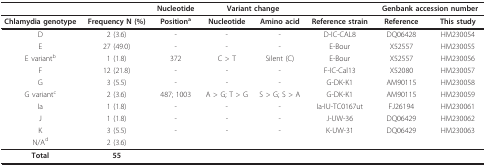
<table><thead><tr><td></td><td></td><td><b>Nucleotide</b></td><td colspan="2"><b>Variant change</b></td><td></td><td colspan="2"><b>Genbank accession number</b></td></tr></thead><tbody><tr><td><b>Chlamydia genotype</b></td><td><b>Frequency N (%)</b></td><td><b>Position<sup>a</sup></b></td><td><b>Nucleotide</b></td><td><b>Amino acid</b></td><td><b>Reference strain</b></td><td><b>Reference</b></td><td><b>This study</b></td></tr><tr><td>D</td><td>2 (3.6)</td><td>-</td><td>-</td><td>-</td><td>D-IC-CAL8</td><td>DQ06428</td><td>HM230054</td></tr><tr><td>E</td><td>27 (49.0)</td><td>-</td><td>-</td><td>-</td><td>E-Bour</td><td>X52557</td><td>HM230055</td></tr><tr><td>E variant<sup>b</sup></td><td>1 (1.8)</td><td>372</td><td>C &gt; T</td><td>Silent (C)</td><td>E-Bour</td><td>X52557</td><td>HM230056</td></tr><tr><td>F</td><td>12 (21.8)</td><td>-</td><td>-</td><td>-</td><td>F-IC-Cal13</td><td>X52080</td><td>HM230057</td></tr><tr><td>G</td><td>3 (5.5)</td><td>-</td><td>-</td><td>-</td><td>G-DK-K1</td><td>AM90115</td><td>HM230058</td></tr><tr><td>G variant<sup>c</sup></td><td>2 (3.6)</td><td>487; 1003</td><td>A &gt; G; T &gt; G</td><td>S &gt; G; S &gt; A</td><td>G-DK-K1</td><td>AM90115</td><td>HM230059</td></tr><tr><td>Ia</td><td>1 (1.8)</td><td>-</td><td>-</td><td>-</td><td>Ia-IU-TC0167ut</td><td>FJ26194</td><td>HM230061</td></tr><tr><td>J</td><td>1 (1.8)</td><td>-</td><td>-</td><td>-</td><td>J-UW-36</td><td>DQ06429</td><td>HM230062</td></tr><tr><td>K</td><td>3 (5.5)</td><td>-</td><td>-</td><td>-</td><td>K-UW-31</td><td>DQ06429</td><td>HM230063</td></tr><tr><td>N/A<sup>d</sup></td><td>2 (3.6)</td><td></td><td></td><td></td><td></td><td></td><td></td></tr><tr><td><b>Total</b></td><td><b>55</b></td><td></td><td></td><td></td><td></td><td></td><td></td></tr></tbody></table>